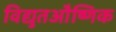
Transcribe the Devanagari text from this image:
विद्युतऔष्णिक